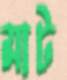
মাট